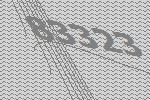
83323